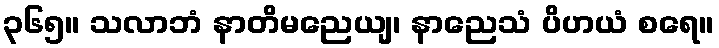
၃၆၅။ သလာဘံ နာတိမညေယျ၊ နာညေသံ ပိဟယံ စရေ။